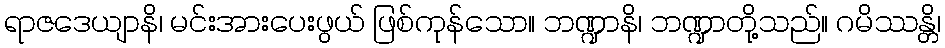
ရာဇဒေယျာနိ၊ မင်းအားပေးဖွယ် ဖြစ်ကုန်သော။ ဘဏ္ဍာနိ၊ ဘဏ္ဍာတို့သည်။ ဂမိဿန္တိ၊